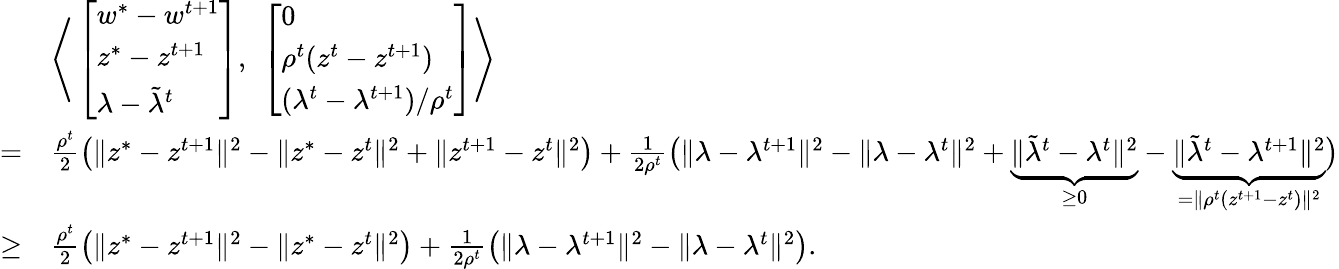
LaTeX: \begin{array}{rl}&{\Biggr\langle\left[\begin{array}{l}{w^{*}-w^{t+1}}\\ {z^{*}-z^{t+1}}\\ {\lambda-\tilde{\lambda}^{t}}\end{array}\right],\ \left[\begin{array}{l}{0}\\ {\rho^{t}(z^{t}-z^{t+1})}\\ {(\lambda^{t}-\lambda^{t+1})/\rho^{t}}\end{array}\right]\Biggr\rangle}\\ {=}&{\textstyle\frac{\rho^{t}}{2}\big(\| z^{*}-z^{t+1}\| ^{2}-\| z^{*}-z^{t}\| ^{2}+\| z^{t+1}-z^{t}\| ^{2}\big)+\frac{1}{2\rho^{t}}\big(\| \lambda-\lambda^{t+1}\| ^{2}-\| \lambda-\lambda^{t}\| ^{2}+\underbrace{\| \tilde{\lambda}^{t}-\lambda^{t}\| ^{2}}_{\geq 0}-\underbrace{\| \tilde{\lambda}^{t}-\lambda^{t+1}\| ^{2}}_{=\| \rho^{t}(z^{t+1}-z^{t})\| ^{2}}\big)}\\ {\geq}&{\textstyle\frac{\rho^{t}}{2}\big(\| z^{*}-z^{t+1}\| ^{2}-\| z^{*}-z^{t}\| ^{2}\big)+\frac{1}{2\rho^{t}}\big(\| \lambda-\lambda^{t+1}\| ^{2}-\| \lambda-\lambda^{t}\| ^{2}\big).}\end{array}